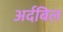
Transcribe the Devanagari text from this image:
अर्दबिल